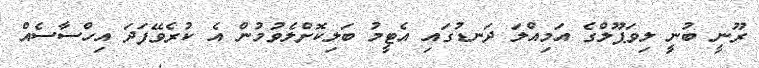
ރޫނީ ބުނީ ލިވަޕޫލްގެ އަމިއްލަ ދަނޑުގައި އެޓީމު ބަލިކޮށްލެވުމުން އެ ކުރެވޭފަދަ އިހްސާސެއް